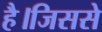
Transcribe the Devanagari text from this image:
है।जिससे